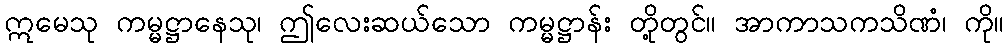
ဣမေသု ကမ္မဋ္ဌာနေသု၊ ဤလေးဆယ်သော ကမ္မဋ္ဌာန်း တို့တွင်။ အာကာသကသိဏံ၊ ကို။